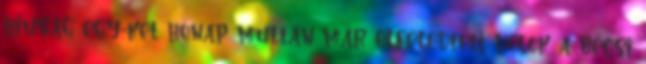
hiuság egy-két hónap multán már elfeledteti velök a bécsi